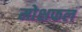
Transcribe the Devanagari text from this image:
मोक्षफल